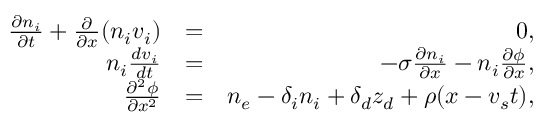
\begin{array} { r l r } { \frac { \partial n _ { i } } { \partial t } + \frac { \partial } { \partial x } ( n _ { i } v _ { i } ) } & { = } & { 0 , } \\ { n _ { i } \frac { d v _ { i } } { d t } } & { = } & { - \sigma \frac { \partial n _ { i } } { \partial x } - n _ { i } \frac { \partial \phi } { \partial x } , } \\ { \frac { \partial ^ { 2 } \phi } { \partial x ^ { 2 } } } & { = } & { n _ { e } - \delta _ { i } n _ { i } + \delta _ { d } z _ { d } + \rho ( x - v _ { s } t ) , } \end{array}